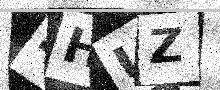
Text: 4HUZ